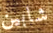
شابين